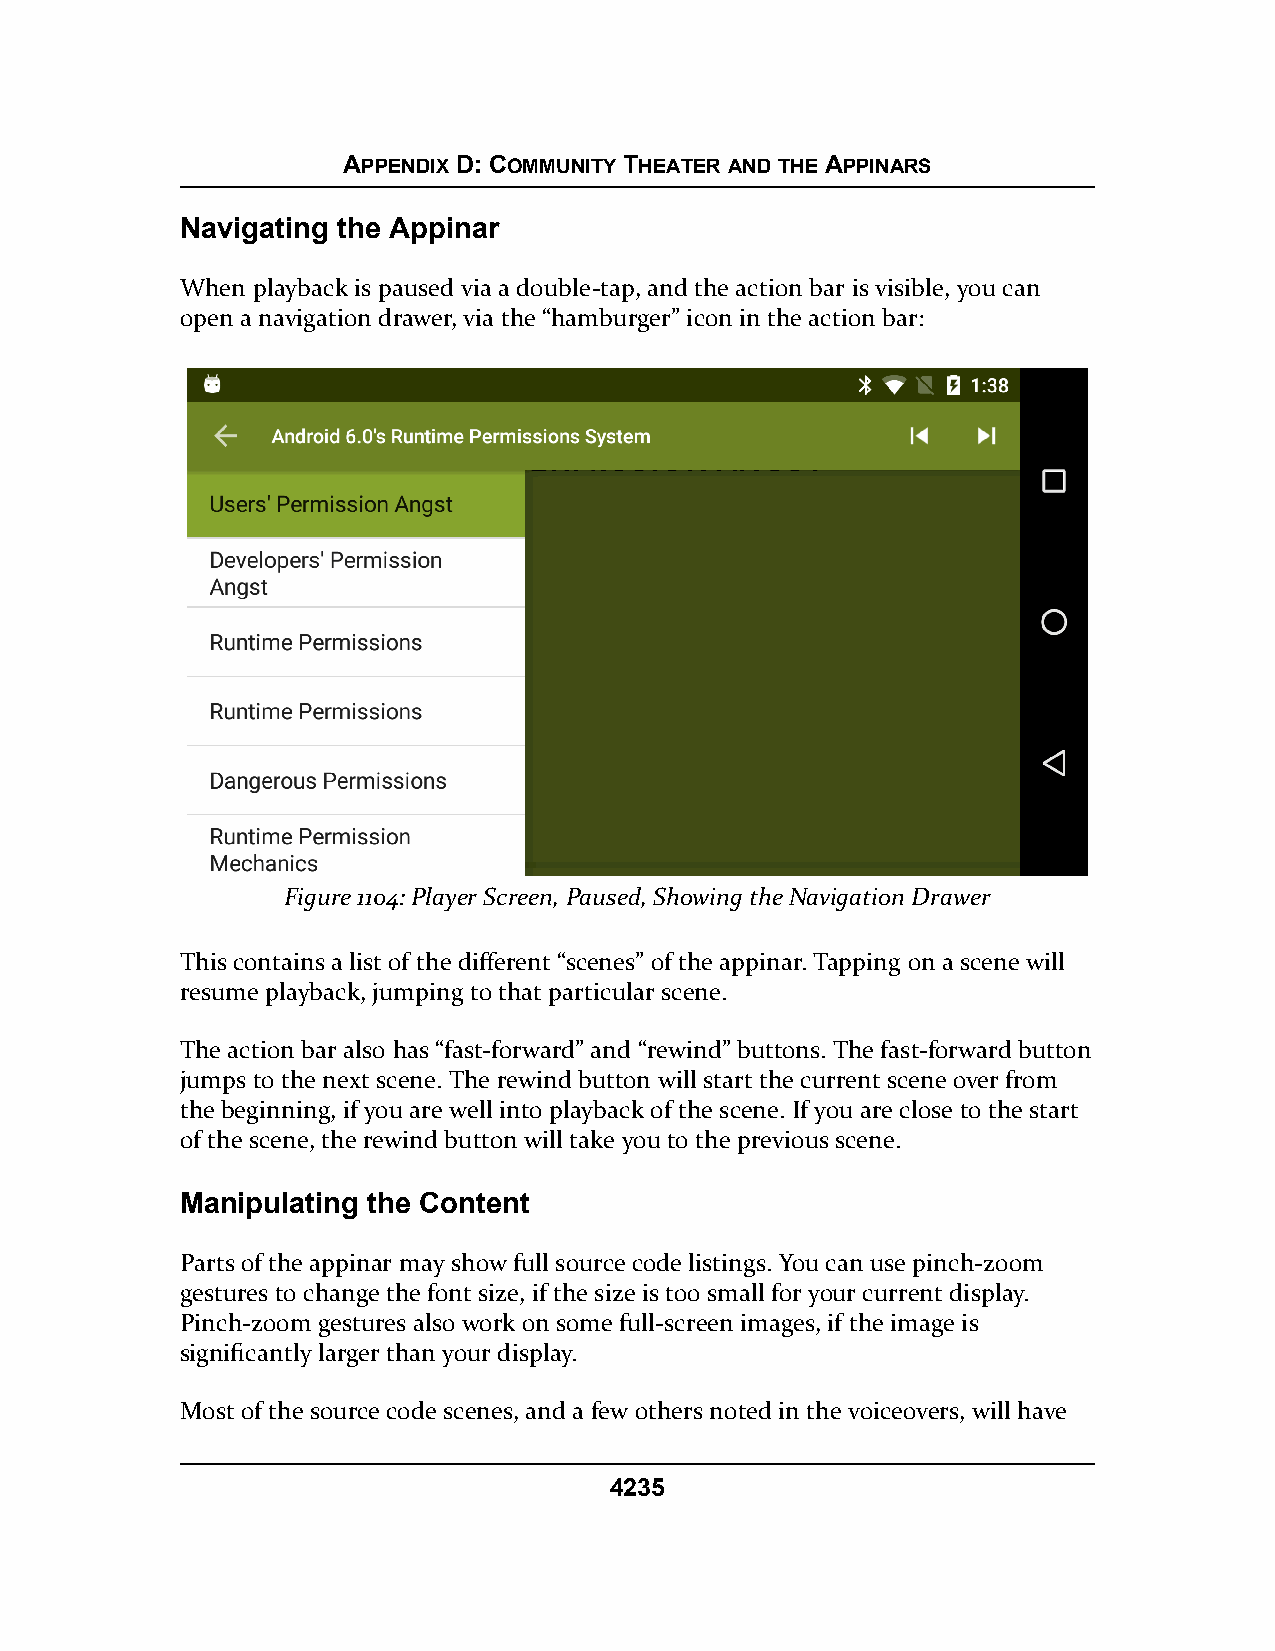
APPENDIX D: COMMUNITY THEATER AND THE APPINARS
 Navigating the Appinar
 When playback is paused via a double-tap, and the action bar is visible, you can
 open a navigation drawer, via the “hamburger” icon in the action bar:
 Figure 1104: Player Screen, Paused, Showing the Navigation Drawer
 This contains a list of the different “scenes” of the appinar. Tapping on a scene will
 resume playback, jumping to that particular scene.
 The action bar also has “fast-forward” and “rewind” buttons. The fast-forward button
 jumps to the next scene. The rewind button will start the current scene over from
 the beginning, if you are well into playback of the scene. If you are close to the start
 of the scene, the rewind button will take you to the previous scene.
 Manipulating the Content
 Parts of the appinar may show full source code listings. You can use pinch-zoom
 gestures to change the font size, if the size is too small for your current display.
 Pinch-zoom gestures also work on some full-screen images, if the image is
 significantly larger than your display.
 Most of the source code scenes, and a few others noted in the voiceovers, will have
 4235